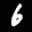
Label: 6